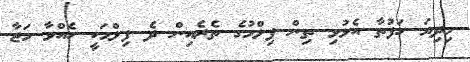
މިދިޔަ ހަފުތާ އެޅުވި ތިން ފިލްމުގެ ތެރެއިން ދެ ފިލްމަކީ ހެއްވާ މަޖާ